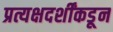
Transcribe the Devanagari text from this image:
प्रत्यक्षदर्शींकडून